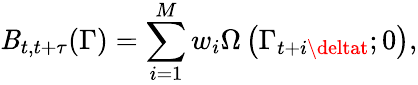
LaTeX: \mathit{B}_{t,t+\tau}(\Gamma)=\sum_{i=1}^{M}w_{i}\Omega\left(\Gamma_{t+i\deltat};0\right),